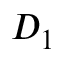
D _ { 1 }